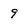
Character: 9